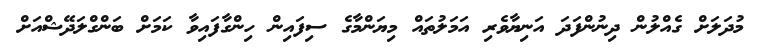
މުދަލަށް ގެއްލުން ދިނުންފަދަ އަނިޔާވެރި އަމަލުތައް މިޔަންމާގެ ސިފައިން ހިންގާފައިވާ ކަމަށް ބަންގްލަދޭޝްއަށް